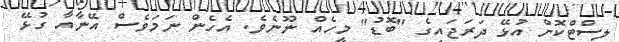
ލިސްޓްކޮށް އުޅޭ ދަރަޖައިގެ "ބޮޑު" މީހެއް ނޫނެވެ. އެހެން ނަމަވެސް އޭނާއާ ގުޅޭ